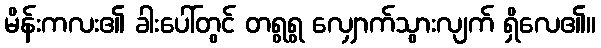
မိန်းကလး၏ ခါးပေါ်တွင် တရွရွ လျှောက်သွားလျက် ရှိလေ၏။